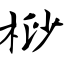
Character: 桫